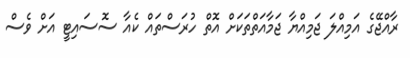
ރާއްޖޭގެ އަމިއްލަ ޖަމިއްޔާ ޖަމާއަތްތަކަށް އޮތް ހުރަސްތައް ކެއާ ސޮސައިޓީ އަށް ވެސް